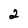
Character: 2